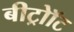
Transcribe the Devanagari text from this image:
बीट्रोॉट